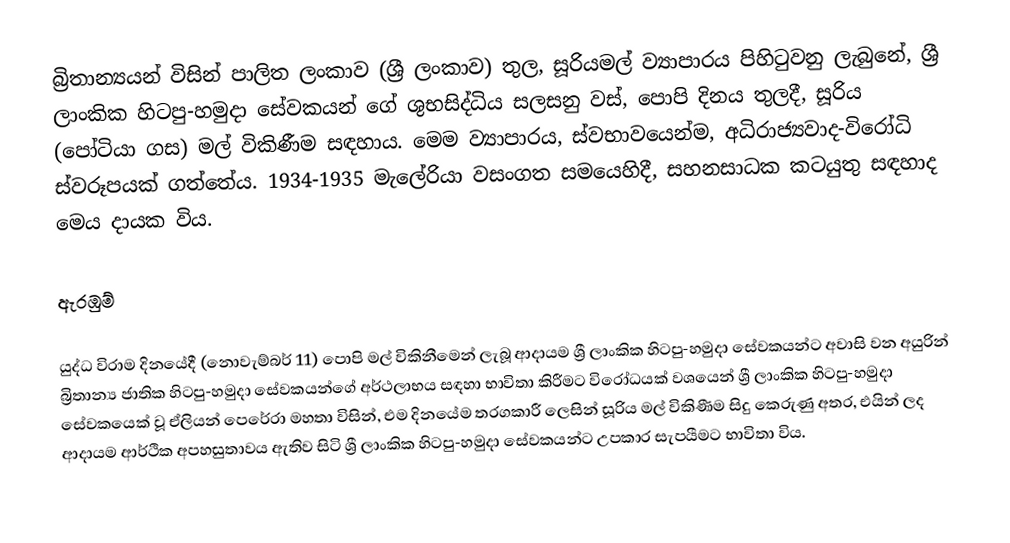
බ්‍රිතාන්‍යයන් විසින් පාලිත ලංකාව (ශ්‍රී ලංකාව) තුල,  සූරියමල් ව්‍යාපාරය පිහිටුවනු ලැබුනේ, ශ්‍රී ලාංකික හිටපු-හමුදා සේවකයන් ගේ ශුභසිද්ධිය සලසනු වස්,  පොපි දිනය තුලදී,  සූරිය (පෝටියා ගස) මල් විකිණීම සඳහාය. මෙම ව්‍යාපාරය, ස්වභාවයෙන්ම, අධිරාජ්‍යවාද-විරෝධි ස්වරූපයක් ගත්තේය. 1934-1935  මැලේරියා වසංගත සමයෙහිදී, සහනසාධක කටයුතු සඳහාද මෙය දායක විය.

ඇරඹුම්

 යුද්ධ විරාම දිනයේදී (නොවැම්බර් 11) පොපි මල් විකිනීමෙන් ලැබූ ආදායම ශ්‍රී ලාංකික හිටපු-හමුදා සේවකයන්ට අවාසි වන අයුරින්    බ්‍රිතාන්‍ය ජාතික හිටපු-හමුදා සේවකයන්ගේ අර්ථලාභය සඳහා භාවිතා කිරීමට විරෝධයක් වශයෙන්  ශ්‍රී ලාංකික හිටපු-හමුදා සේවකයෙක් වූ ඒලියන් පෙරේරා මහතා විසින්, එම දිනයේම තරගකාරී ලෙසින් සූරිය මල් විකිණීම සිදු කෙරුණු අතර, එයින් ලද ආදායම ආර්ථික අපහසුතාවය ඇතිව සිටි  ශ්‍රී ලාංකික හිටපු-හමුදා සේවකයන්ට උපකාර සැපයීමට භාවිතා විය.